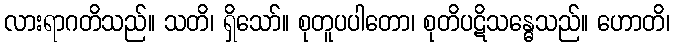
လားရာဂတိသည်။ သတိ၊ ရှိသော်။ စုတူပပါတော၊ စုတိပဋိသန္ဓေသည်။ ဟောတိ၊